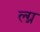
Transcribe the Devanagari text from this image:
ल्ग्न